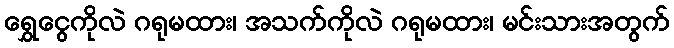
ရွှေငွေကိုလဲ ဂရုမထား၊ အသက်ကိုလဲ ဂရုမထား၊ မင်းသားအတွက်